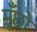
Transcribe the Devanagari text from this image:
मूँछों